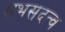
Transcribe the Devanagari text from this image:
सभसदत्व